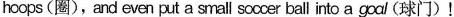
hoops(圈),and even put a small soocer ball into a goal(球门)!